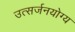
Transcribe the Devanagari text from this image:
उत्सर्जनयोग्य